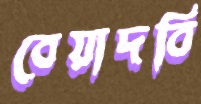
বেয়াদবি